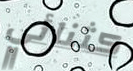
كثنائي